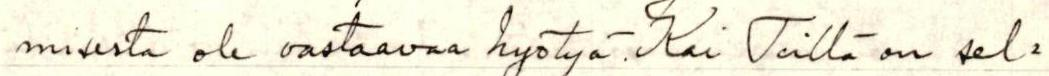
misesta ole vastaavaa hyötyä. Kai Teillä on sel-